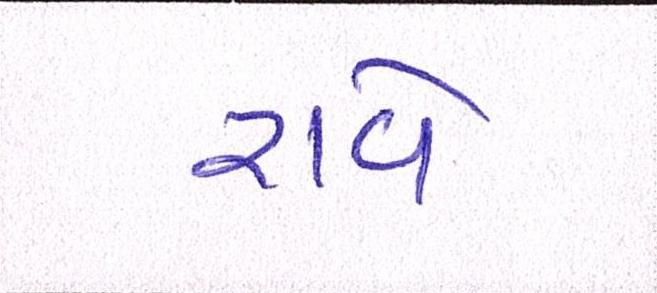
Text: રાવે